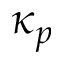
\kappa _ { p }